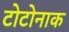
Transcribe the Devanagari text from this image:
टोटोनाक